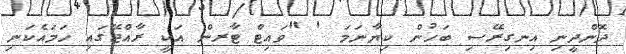
ދޮންދީނި އިނގިރޭސި ބަހުން ކިޔާނަމަ ' "ވައިޓް ޓާރން އަކީ ރާއްޖޭގައި ހަމައެކަނި